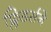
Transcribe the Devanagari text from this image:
फ्लिंडर्सने